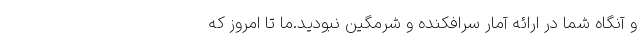
و آنگاه شما در ارائه آمار سرافکنده و شرمگین نبودید.ما تا امروز که